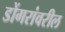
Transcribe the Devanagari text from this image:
डोंगरांवरील